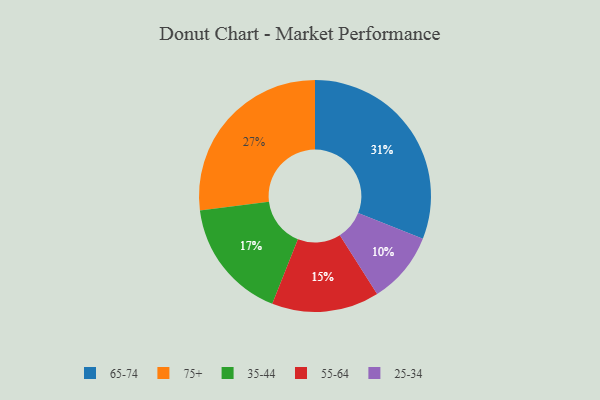
{"axis": {"x": "Category", "y": "Percentage"}, "legend": ["25-34", "35-44", "55-64", "65-74", "75+"], "data": [{"x": "75+", "y": 27, "type": "75+"}, {"x": "55-64", "y": 15, "type": "55-64"}, {"x": "25-34", "y": 10, "type": "25-34"}, {"x": "35-44", "y": 17, "type": "35-44"}, {"x": "65-74", "y": 31, "type": "65-74"}]}